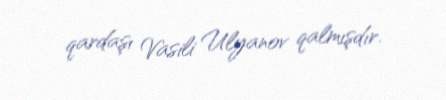
qardaşı Vasili Ulyanov qalmışdır.